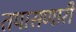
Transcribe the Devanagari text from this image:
तपासणारी